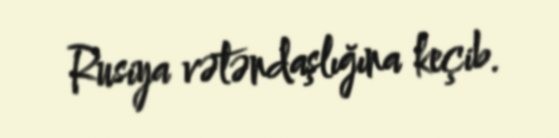
Rusiya vətəndaşlığına keçib.